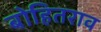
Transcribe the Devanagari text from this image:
बोहितराव